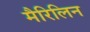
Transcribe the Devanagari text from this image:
मैरिलिन